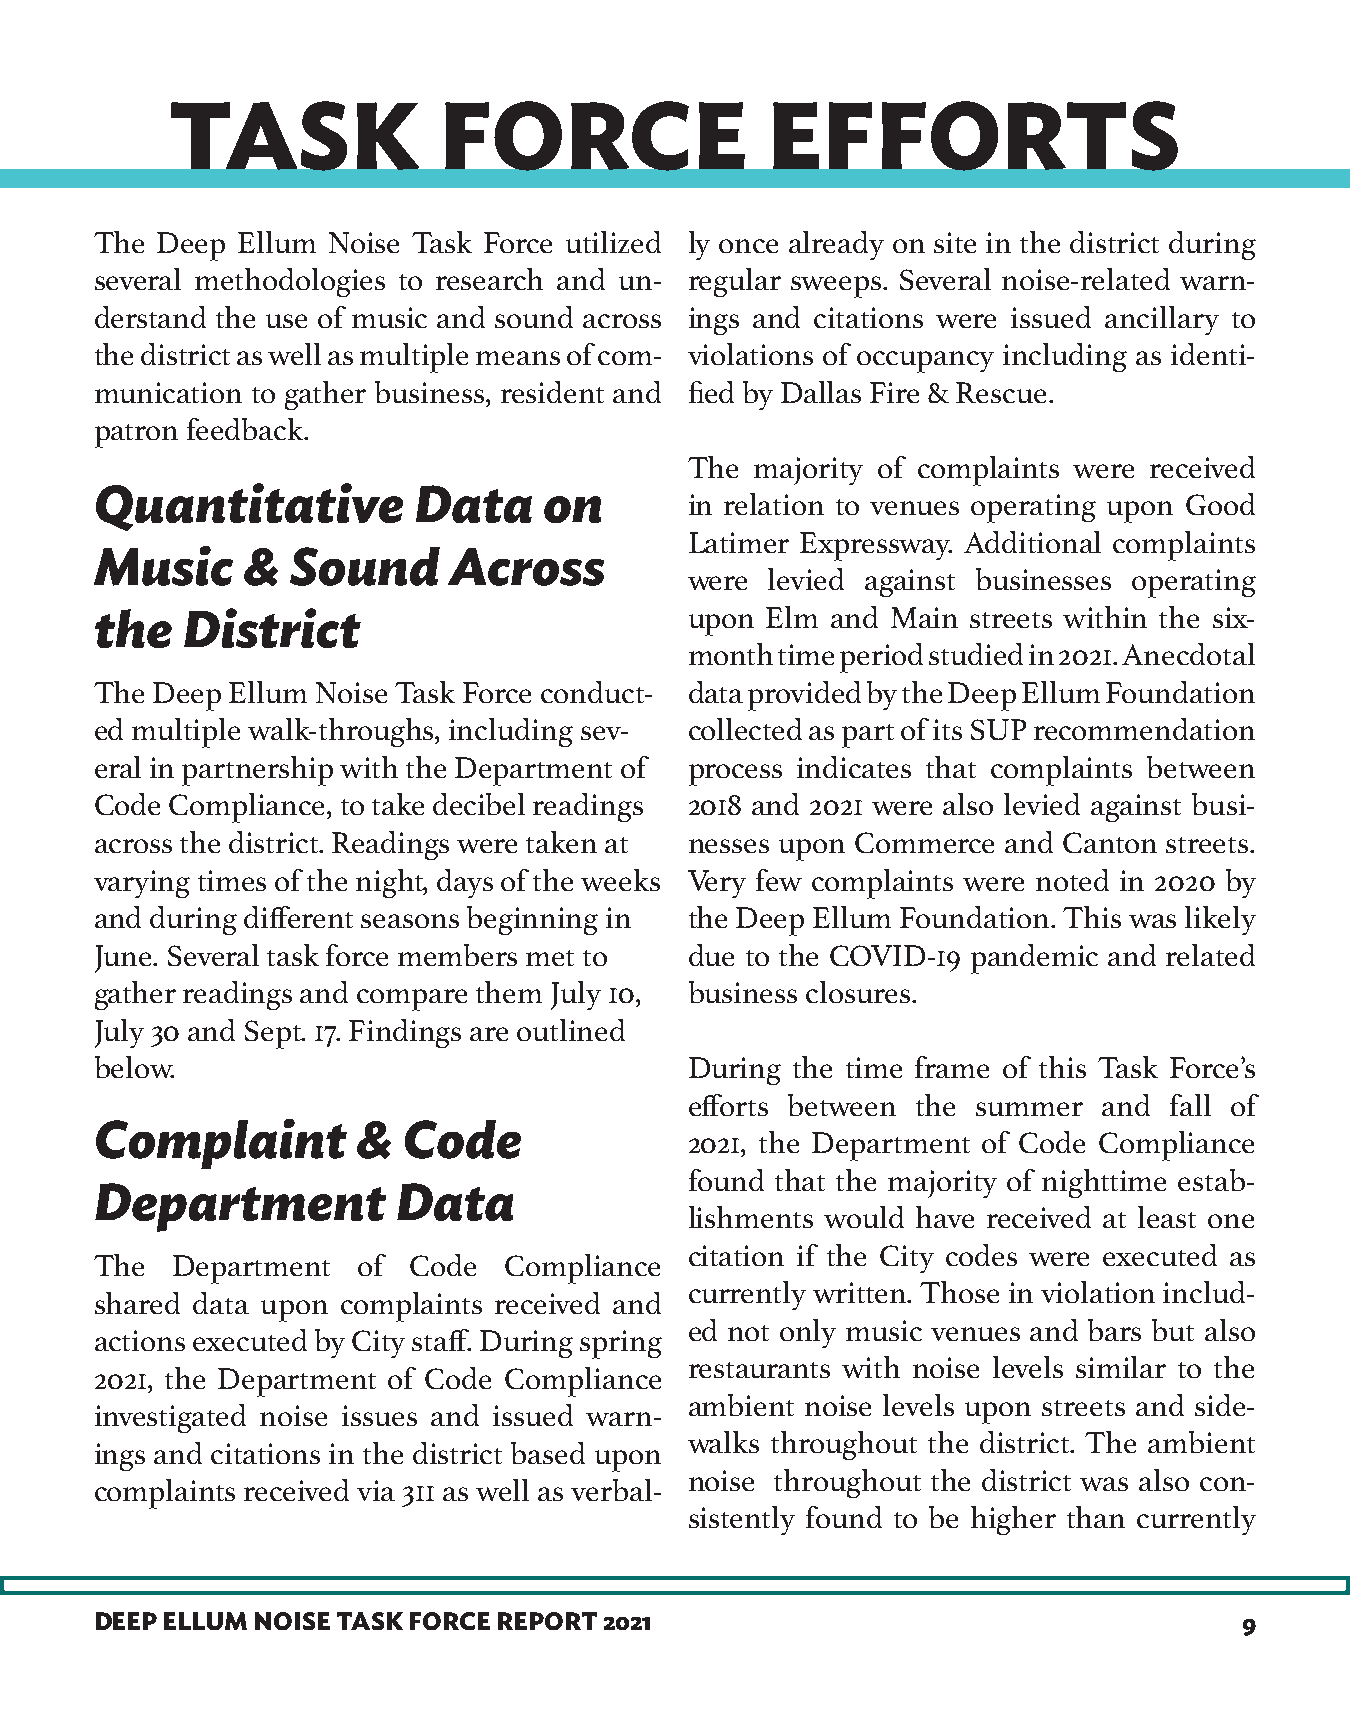
TASK              FORCE                 EFFORTS
 The Deep  Ellum Noise Task Force utilized ly once already on site in the district during
 several methodologies to research and un- regular sweeps. Several noise-related warn-
 derstand the use of music and sound across ings and citations were issued ancillary to
 the district as well as multiple means of com- violations of occupancy including as identi-
 munication to gather business, resident and fied by Dallas Fire & Rescue.
 patron feedback.
 The majority of complaints were received
 Quantitative         Data     on
 in relation to venues operating upon Good
 Latimer Expressway. Additional complaints
 Music     &  Sound      Across
 were levied against businesses operating
 the   District                          upon Elm and Main streets within the six-
 month time period studied in 2021. Anecdotal
 The Deep Ellum Noise Task Force conduct- data provided by the Deep Ellum Foundation
 ed multiple walk-throughs, including sev- collected as part of its SUP recommendation
 eral in partnership with the Department of process indicates that complaints between
 Code Compliance, to take decibel readings 2018 and 2021 were also levied against busi-
 across the district. Readings were taken at nesses upon Commerce and Canton streets.
 varying times of the night, days of the weeks Very few complaints were noted in 2020 by
 and during different seasons beginning in the Deep Ellum Foundation. This was likely
 June. Several task force members met to due to the COVID-19 pandemic and related
 gather readings and compare them July 10, business closures.
 July 30 and Sept. 17. Findings are outlined
 below.                                  During the time frame of this Task Force’s
 efforts between the summer and fall of
 Complaint         &  Code
 2021, the Department of Code Compliance
 found that the majority of nighttime estab-
 Department          Data
 lishments would have received at least one
 citation if the City codes were executed as
 The  Department   of Code  Compliance
 currently written. Those in violation includ-
 shared data upon complaints received and
 ed not only music venues and bars but also
 actions executed by City staff. During spring
 restaurants with noise levels similar to the
 2021, the Department of Code Compliance
 ambient noise levels upon streets and side-
 investigated noise issues and issued warn-
 walks throughout the district. The ambient
 ings and citations in the district based upon
 noise throughout the district was also con-
 complaints received via 311 as well as verbal-
 sistently found to be higher than currently
 DEEP ELLUM NOISE TASK FORCE REPORT 2021                                     9